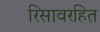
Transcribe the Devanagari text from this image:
रिसावरहित